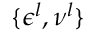
\{ \epsilon ^ { l } , \nu ^ { l } \}